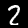
Label: 2